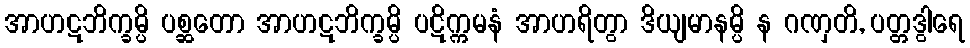
အာဟဋဘိက္ခမ္ပိ ပစ္ဆတော အာဟဋဘိက္ခမ္ပိ ပဋိက္ကမနံ အာဟရိတွာ ဒိယျမာနမ္ပိ န ဂဏှတိ, ပတ္တဒွါရေ